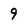
Character: 9